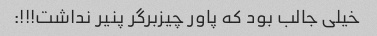
خیلی جالب بود که پاور چیزبرگر پنیر نداشت!!!: